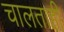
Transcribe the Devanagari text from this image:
चालताही